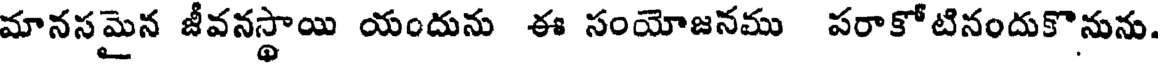
మానసమైన జీవనస్థాయి యందును ఈ సంయోజనము పరాకోటినందుకొనును.